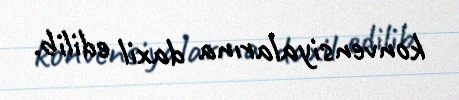
konvensiyalarına daxil edilib.